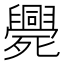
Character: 𣩺